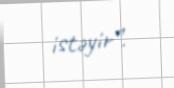
istəyir”.